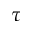
\tau